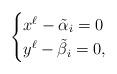
LaTeX: \begin{align*}\begin{cases}x^\ell - \tilde\alpha_i = 0\\y^\ell - \tilde\beta_i = 0, \end{cases}\end{align*}